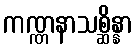
ကဏ္ဏနာသစ္ဆိန္နာ